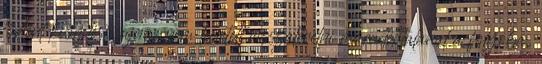
történt kiömlést sajnos nem lehetett visszaterelni maradéktalanul a folyóba,